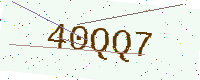
Text: 40QQ7